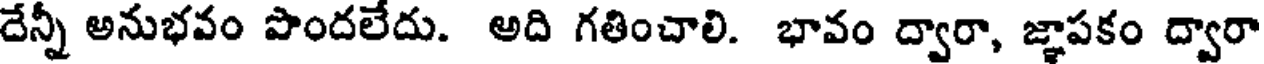
దేన్నీ అనుభవం పొందలేదు. అది గతించాలి. భావం ద్వారా, జ్ఞాపకం ద్వారా